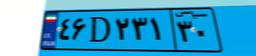
۶۹D۸۹۳۲۰